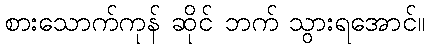
စားသောက်ကုန် ဆိုင် ဘက် သွားရအောင်။